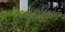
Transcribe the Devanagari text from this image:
५१४०